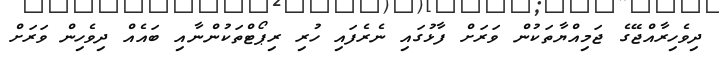
ދިވެހިރާއްޖޭގެ ޖަމިއްޔާތަކުން ވަރަށް ފާޅުގައި ނެރެފައި ހުރި ރިޕޯޓްތަކުންނާއި ބައެއް ދިވެހިން ވަރަށް